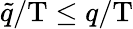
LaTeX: \tilde{q}/\mathrm{T}\leq q/\mathrm{T}